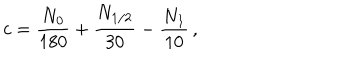
c = \frac { N _ { 0 } } { 1 8 0 } + \frac { N _ { 1 / 2 } } { 3 0 } - \frac { N _ { 1 } } { 1 0 } \, ,